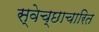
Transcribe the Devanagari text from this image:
स्वेच्छाचारित